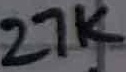
Text: 27K